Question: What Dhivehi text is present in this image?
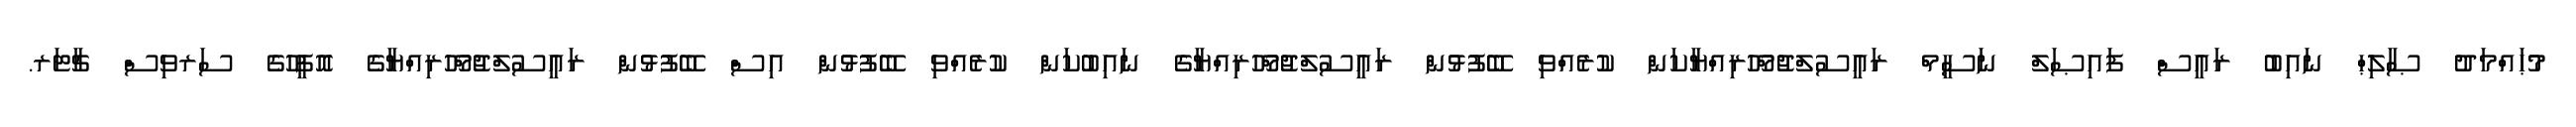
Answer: މުޙައްމަދު ޞާލިޙް ނައިބު ރައީސް ފައިޞަލް ނަސީމް ރައީސުލްޖުމްހޫރިއްޔާކަން ކުރެއްވި ބޭފުޅުން ރައީސުލްޖުމްހޫރިއްޔާގެ ނައިބުކަން ކުރެއްވި ބޭފުޅުން އިސް ބޭފުޅުން ރައީސުލްޖުމްހޫރިއްޔާގެ އޮފީހުގެ ސަރވިސް ޗާޓަރ.